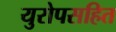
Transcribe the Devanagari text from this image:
युरोपसहित